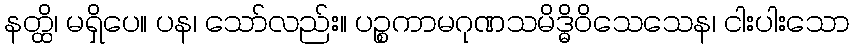
နတ္ထိ၊ မရှိပေ။ ပန၊ သော်လည်း။ ပဉ္စကာမဂုဏသမိဒ္ဓိဝိသေသေန၊ ငါးပါးသော